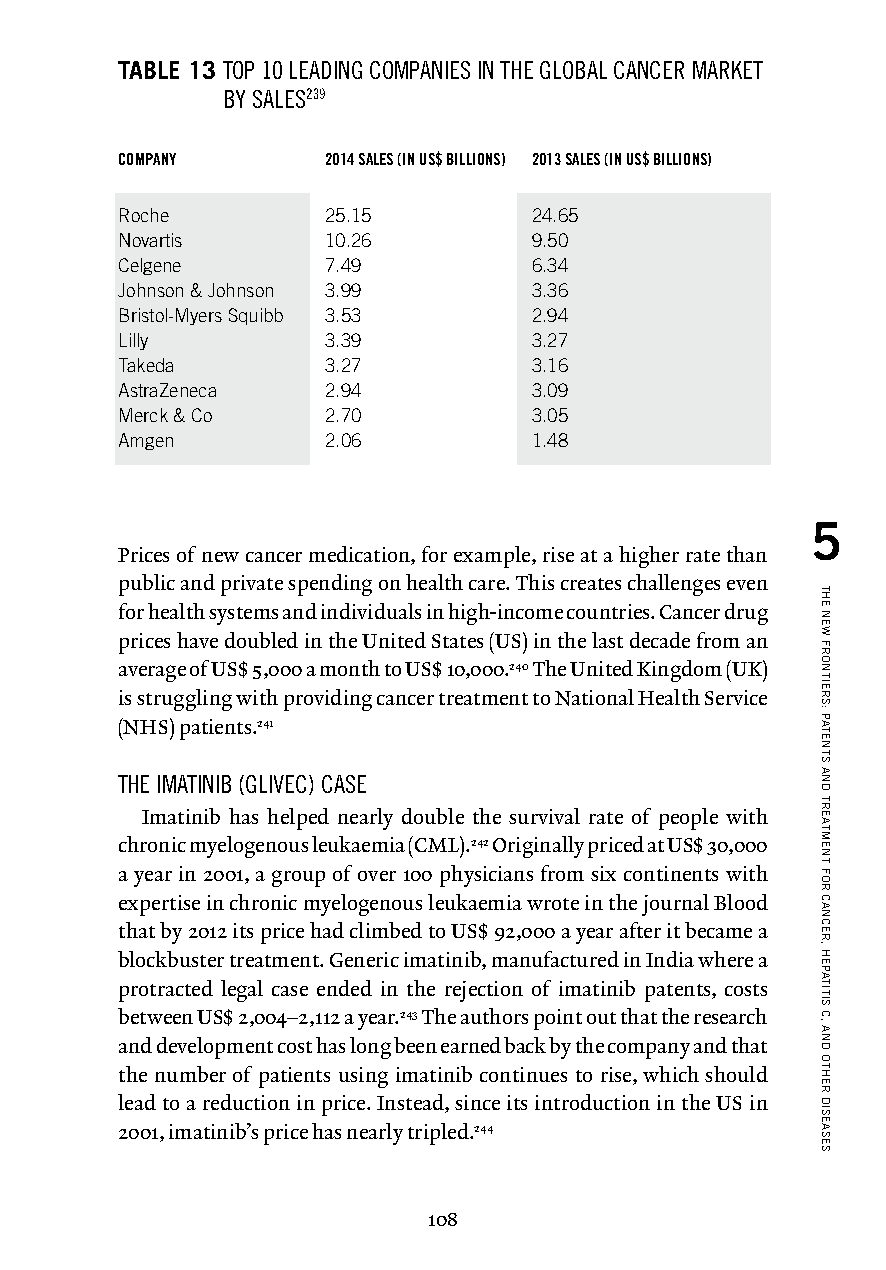
TABLE 13 T OP 10 LEADING COMPANIES IN THE GLOBAL CANCER MARKET
 BY SALES239
 COMPANY       2014 SALES (IN US$ BILLIONS) 2013 SALES (IN US$ BILLIONS)
 Roche         25.15        24.65
 Novartis      10.26        9.50
 Celgene       7.49         6.34
 Johnson & Johnson 3.99     3.36
 Bristol-Myers Squibb 3.53  2.94
 Lilly         3.39         3.27
 Takeda        3.27         3.16
 AstraZeneca   2.94         3.09
 Merck & Co    2.70         3.05
 Amgen         2.06         1.48
 5
 Prices of new cancer medication, for example, rise at a higher rate than
 public and private spending on health care. This creates challenges even
 for health systems and individuals in high-income countries. Cancer drug
 prices have doubled in the United States (US) in the last decade from an
 average of US$ 5,000 a month to US$ 10,000.240 The United Kingdom (UK)
 is struggling with providing cancer treatment to National Health Service
 (NHS) patients.241
 THE IMATINIB (GLIVEC) CASE
 Imatinib has helped nearly double the survival rate of people with
 chronic myelogenous leukaemia (CML).242 Originally priced at US$ 30,000
 a year in 2001, a group of over 100 physicians from six continents with
 expertise in chronic myelogenous leukaemia wrote in the journal Blood
 that by 2012 its price had climbed to US$ 92,000 a year after it became a
 blockbuster treatment. Generic imatinib, manufactured in India where a
 protracted legal case ended in the rejection of imatinib patents, costs
 between US$ 2,004–2,112 a year.243 The authors point out that the research
 and development cost has long been earned back by the company and that
 the number of patients using imatinib continues to rise, which should
 lead to a reduction in price. Instead, since its introduction in the US in
 2001, imatinib’s price has nearly tripled.244
 108
 THE
 NEW
 FRONTIERS:
 PATENTS
 AND
 TREATMENT
 FOR
 CANCER,
 HEPATITIS
 C,
 AND
 OTHER
 DISEASES